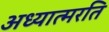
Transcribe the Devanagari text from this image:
अध्यात्मरति